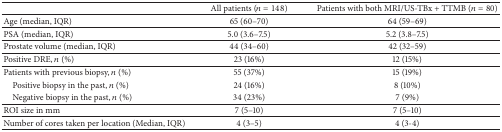
|  | All patients (n = 148) | Patients with both MRI/US-TBx + TTMB (n = 80) |
 | --- | --- | --- |
 | Age (median, IQR) | 65 (60–70) | 64 (59–69) |
 | PSA (median, IQR) | 5.0 (3.6–7.5) | 5.2 (3.8–7.5) |
 | Prostate volume (median, IQR) | 44 (34–60) | 42 (32–59) |
 | Positive DRE, n (%) | 23 (16%) | 12 (15%) |
 | Patients with previous biopsy, n (%) | 55 (37%) | 15 (19%) |
 | Positive biopsy in the past, n (%) | 24 (16%) | 8 (10%) |
 | Negative biopsy in the past, n (%) | 34 (23%) | 7 (9%) |
 | ROI size in mm | 7 (5–10) | 7 (5–10) |
 | Number of cores taken per location (Median, IQR) | 4 (3–5) | 4 (3-4) |